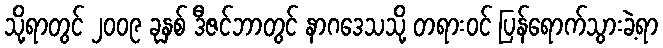
သို့ရာတွင် ၂၀၀၉ ခုနှစ် ဒီဇင်ဘာတွင် နာဂဒေသသို့ တရားဝင် ပြန်ရောက်သွားခဲ့ရာ